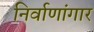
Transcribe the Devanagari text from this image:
निर्वाणांगार